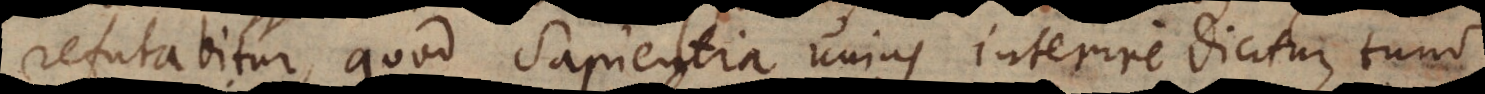
refutabitur, quod Sapientia unius interire dicitur, tum